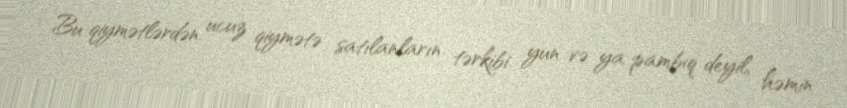
Bu qiymətlərdən ucuz qiymətə satılanların tərkibi yun və ya pambıq deyil, həmin